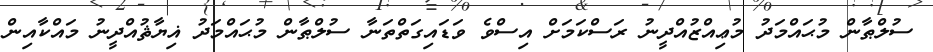
ސުލްޠާން މުޙައްމަދު މުޢިއްޒުއްދީނު ރަސްކަމަށް އިސްވެ ވަޑައިގަތްތަނާ ސުލްޠާން މުޙައްމަދު ޣިޔާޘުއްދީނު މައްކާއިން